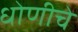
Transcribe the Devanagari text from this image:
धोणीचे